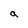
Character: a